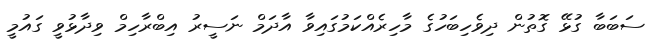
ސަބަބާ ގުޅޭ ގޮތުން ދިވެހިބަހުގެ މާހިރެއްކަމުގައިވާ އާދަމް ނަސީރު އިބްރާހިމް ވިދާޅުވީ ގައުމީ